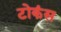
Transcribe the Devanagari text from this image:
टोकंस